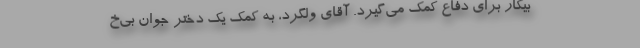
بیکار برای دفاع کمک می‌گیرد. آقای ولگرد، به کمک یک دختر جوان بی‌خ